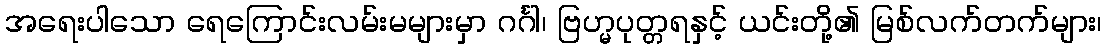
အရေးပါသော ရေကြောင်းလမ်းမများမှာ ဂင်္ဂါ၊ ဗြဟ္မပုတ္တရနှင့် ယင်းတို့၏ မြစ်လက်တက်များ၊